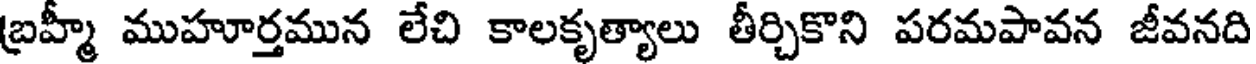
బ్రహ్మీ ముహూర్తమున లేచి కాలకృత్యాలు తీర్చికొని పరమపావన జీవనది